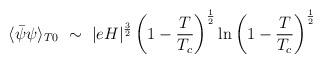
LaTeX: \begin{align*}\langle \bar{\psi} \psi \rangle_{T0} ~\sim~ \vert eH \vert^{\frac{3}{2}} \left(1 - \frac{T}{T_c} \right)^ {\frac{1}{2}} \ln \left(1 - \frac{T}{T_c} \right)^{\frac{1}{2}}\end{align*}